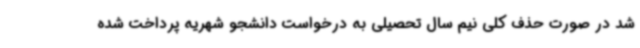
شد در صورت حذف کلی نیم سال تحصیلی به درخواست دانشجو شهریه پرداخت شده